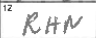
Transcription: RHN